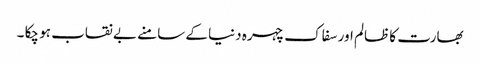
بھارت کا ظالم اور سفاک چہرہ دنیا کے سامنے بے نقاب ہو چکا ۔